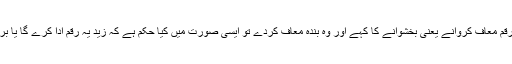
اس بندے سے رقم معاف کروانے یعنی بخشوانے کا کہے اور وہ بندہ معاف کردے تو ایسی صورت میں کیا حکم ہے کہ زید یہ رقم ادا کرے گا یا بری الذمہ ہو گیا؟